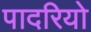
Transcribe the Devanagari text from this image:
पादरियो